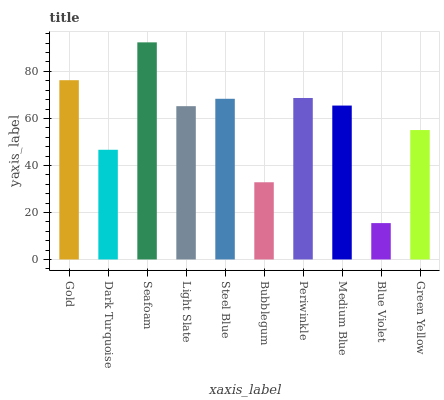
| xaxis_label | bars |
 | --- | --- |
 | Gold | 76.3 |
 | Dark Turquoise | 46.7 |
 | Seafoam | 92.4 |
 | Light Slate | 65.2 |
 | Steel Blue | 68.3 |
 | Bubblegum | 32.8 |
 | Periwinkle | 68.7 |
 | Medium Blue | 65.5 |
 | Blue Violet | 15.5 |
 | Green Yellow | 55.1 |